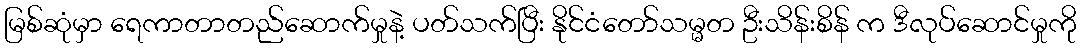
မြစ်ဆုံမှာ ရေကာတာတည်ဆောက်မှုနဲ့ ပတ်သက်ပြီး နိုင်ငံတော်သမ္မတ ဦးသိန်းစိန် က ဒီလုပ်ဆောင်မှုကို